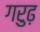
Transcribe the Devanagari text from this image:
गरुढ़